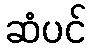
ဆံပင်